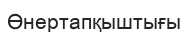
Өнертапқыштығы